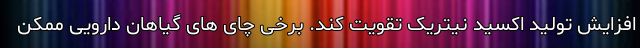
افزایش تولید اکسید نیتریک تقویت کند. برخی چای های گیاهان دارویی ممکن